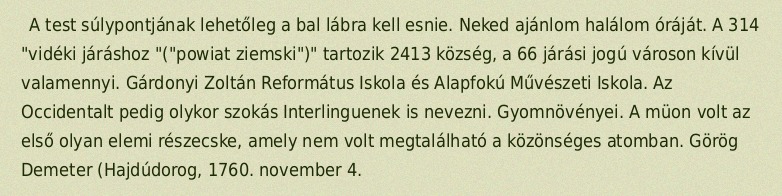
A test súlypontjának lehetőleg a bal lábra kell esnie. Neked ajánlom halálom óráját. A 314 "vidéki járáshoz "("powiat ziemski")" tartozik 2413 község, a 66 járási jogú városon kívül valamennyi. Gárdonyi Zoltán Református Iskola és Alapfokú Művészeti Iskola. Az Occidentalt pedig olykor szokás Interlinguenek is nevezni. Gyomnövényei. A müon volt az első olyan elemi részecske, amely nem volt megtalálható a közönséges atomban. Görög Demeter (Hajdúdorog, 1760. november 4.